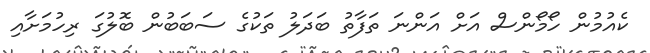
ކެއުމުން ހޯމޯންސް އަށް އަންނަ ތަފާތު ބަދަލު ތަކުގެ ސަބަބުން ބޮލުގަ ރިހުމަށާއި